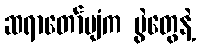
ဆရာတော်ပျံက ပွဲတွေနဲ့